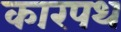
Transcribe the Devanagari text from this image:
कारपथ